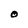
Character: O